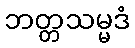
ဘတ္တသမ္မဒံ